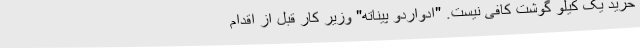
خرید یک کیلو گوشت کافی نیست. "ادواردو پیناته" وزیر کار قبل از اقدام